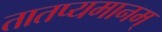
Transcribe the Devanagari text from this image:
तातप्यमानम्